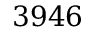
3 9 4 6